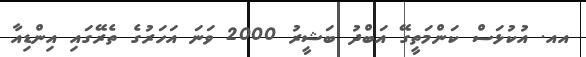
އއ. އުކުޅަސް ކަންމަތީގޭ އަބްދު ބަޝީރު 2000 ވަނަ އަހަރުގެ ތެރޭގައި އިންޑިއާ